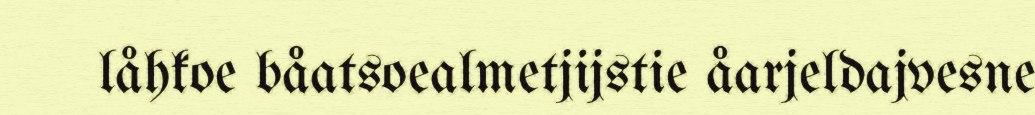
låhkoe båatsoealmetjijstie åarjeldajvesne